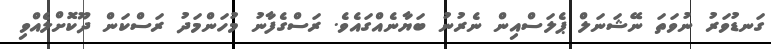
ގަނޑުވަރު ނުވަތަ ނޭޝަނަލް ޕެލަސްއިން ނެރުނު ބަޔާނެއްގައެވެ. ރަސްގެފާނު މުހަންމަދު ރަސްކަން ދޫކޮށްލެއްވި